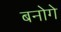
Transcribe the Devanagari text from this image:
बनोगे